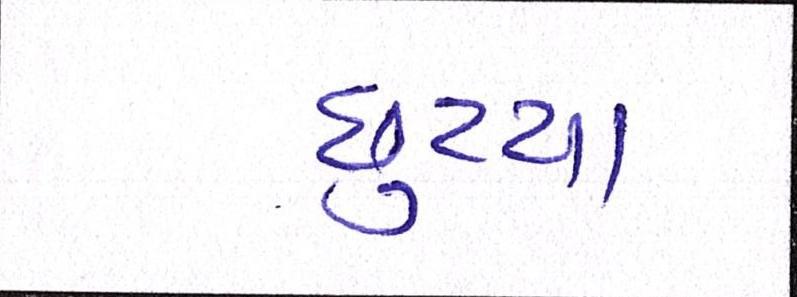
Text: છુટયા